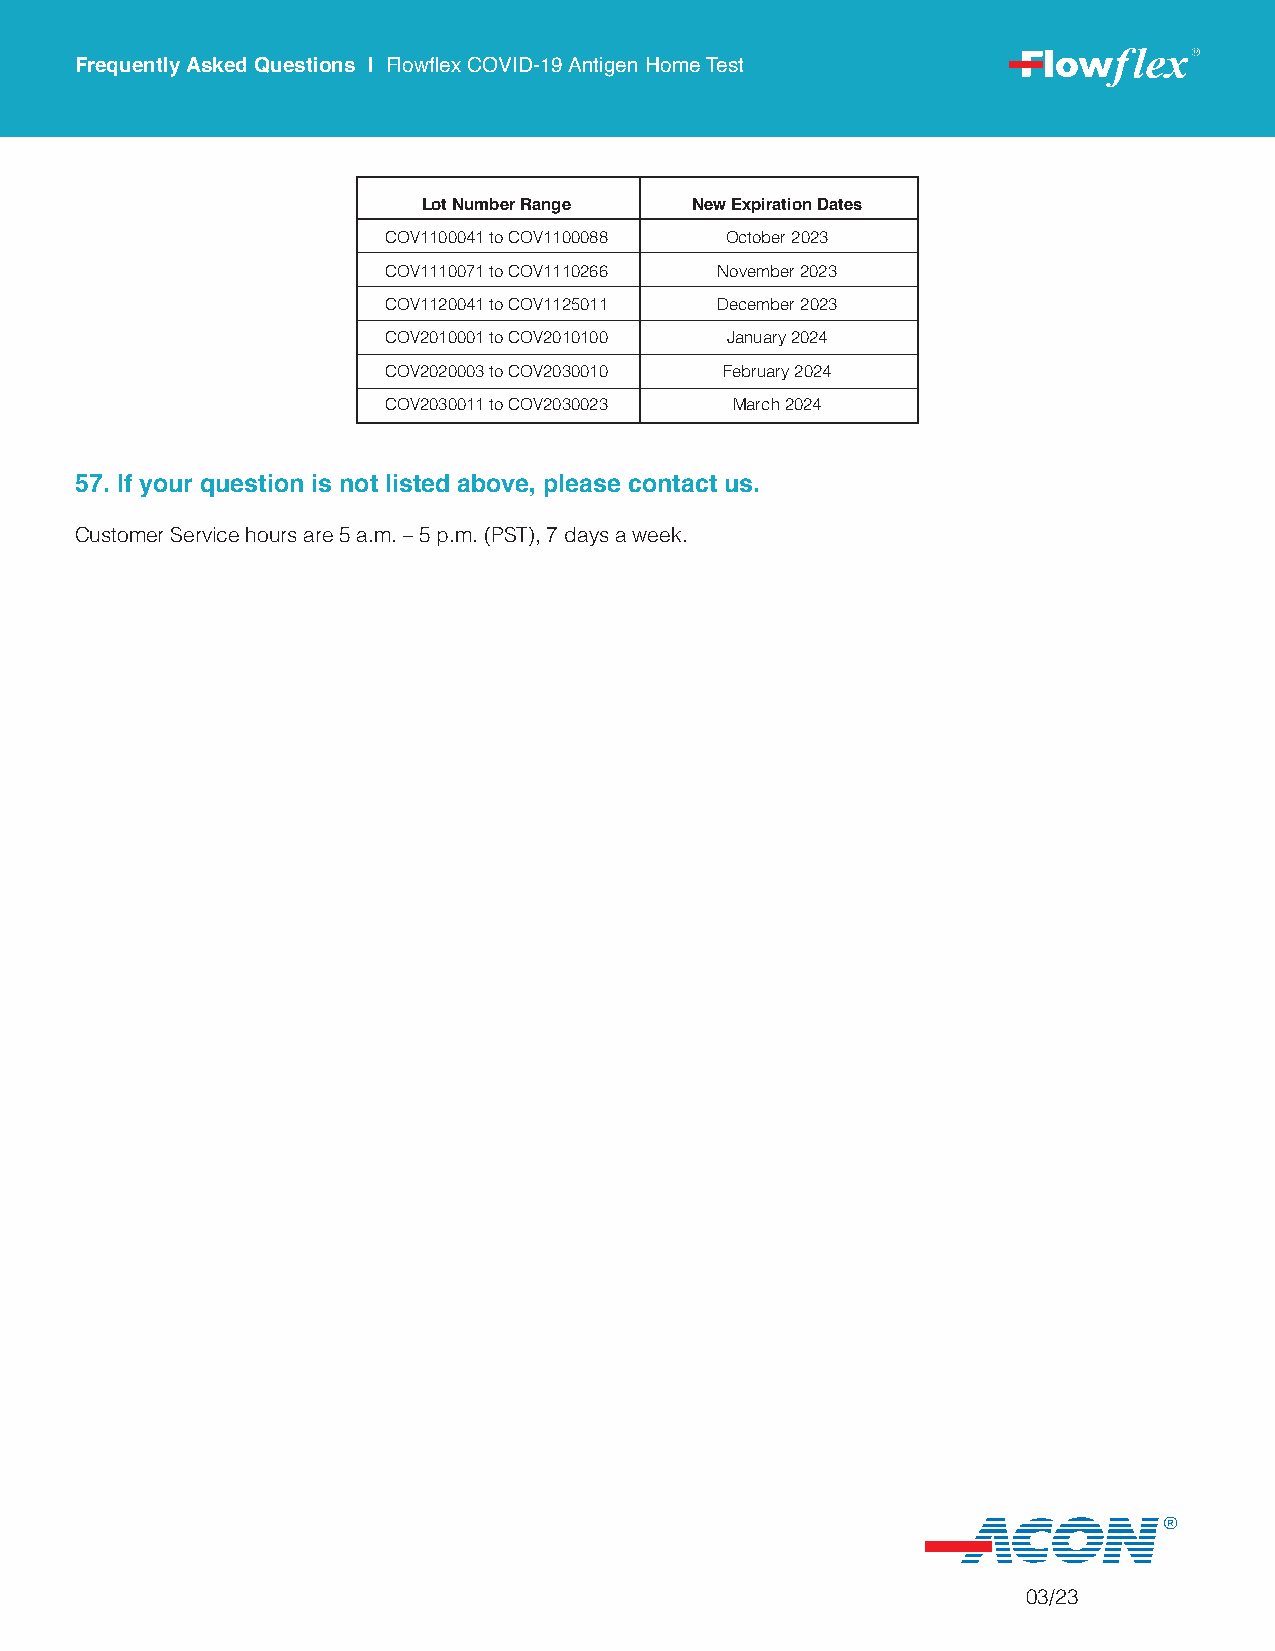
Frequently Asked Questions | Flowflex COVID-19 Antigen Home Test
 Lot Number Range  New Expiration Dates
 COV1100041 to COV1100088 October 2023
 COV1110071 to COV1110266 November 2023
 COV1120041 to COV1125011 December 2023
 COV2010001 to COV2010100 January 2024
 COV2020003 to COV2030010 February 2024
 COV2030011 to COV2030023 March 2024
 57. If your question is not listed above, please contact us.
 Customer Service hours are 5 a.m. – 5 p.m. (PST), 7 days a week.
 03/23